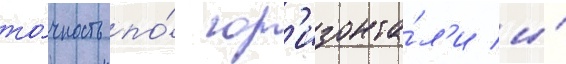
то́чность по́ гор'изонта́л'и и́